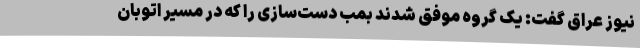
نیوز عراق گفت: یک گروه موفق شدند بمب دست‌سازی را که در مسیر اتوبان